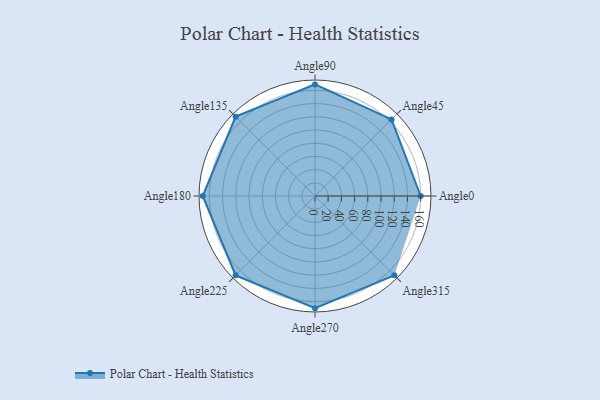
{"axis": {"x": "Angle", "y": "Radius"}, "legend": [""], "data": [{"x": "Angle0", "y": 160.0, "type": ""}, {"x": "Angle45", "y": 164.0, "type": ""}, {"x": "Angle90", "y": 169.0, "type": ""}, {"x": "Angle135", "y": 170, "type": ""}, {"x": "Angle180", "y": 170, "type": ""}, {"x": "Angle225", "y": 170, "type": ""}, {"x": "Angle270", "y": 170, "type": ""}, {"x": "Angle315", "y": 170, "type": ""}]}